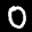
Label: 0